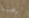
رهيبا